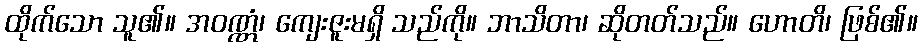
ထိုက်သော သူ၏။ အဝဏ္ဏံ၊ ကျေးဇူးမရှိ သည်ကို။ ဘာသိတာ၊ ဆိုတတ်သည်။ ဟောတိ၊ ဖြစ်၏။